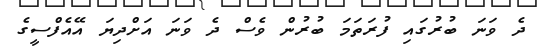
ދެ ވަނަ ބުރުގައި ފުރަތަމަ ބުރުން ވެސް ދެ ވަނަ އަށްދިޔަ އޭއެފްސީގެ